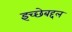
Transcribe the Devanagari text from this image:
इच्छेबद्दल